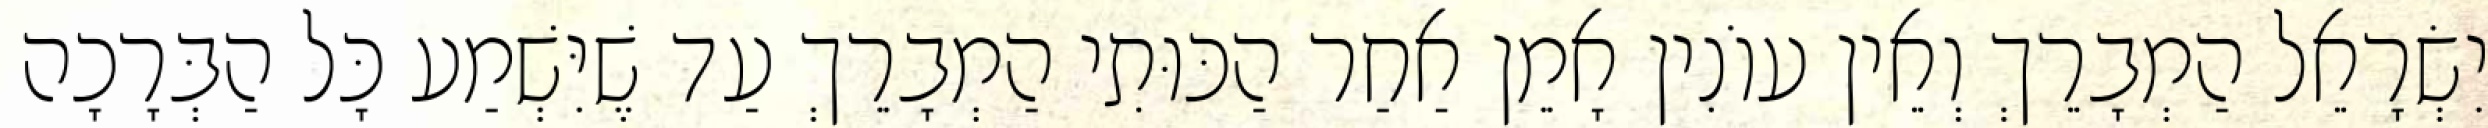
יִשְׂרָאֵל הַמְבָרֵךְ וְאֵין עוֹנִין אָמֵן אַחַר הַכּוּתִי הַמְבָרֵךְ עַד שֶׁיִּשְׁמַע כָּל הַבְּרָכָה